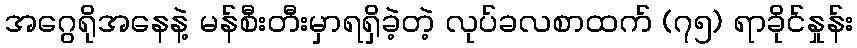
အဂွေရိုအနေနဲ့ မန်စီးတီးမှာရရှိခဲ့တဲ့ လုပ်ခလစာထက် (၇၅) ရာခိုင်နှုန်း